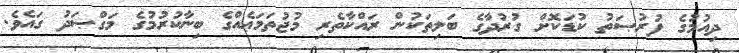
ދިއުމުގެ ފުރުޞަތު ކުޑަކޮށް ގުރުދާގެ ބަލިތަކުން ރައްކާތެރި މުޖުތަމަޢެއްގެ ބިނާކުރުމުގެ މަގްޞަދު ގައެވެ.